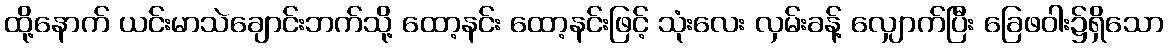
ထို့နောက် ယင်းမာသဲချောင်းဘက်သို့ ထော့နင်း ထော့နင်းဖြင့် သုံးလေး လှမ်းခန့် လျှောက်ပြီး ခြေဖဝါး၌ရှိသော